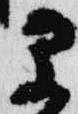
早